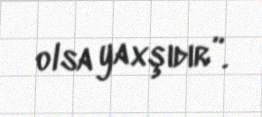
olsa yaxşıdır”.